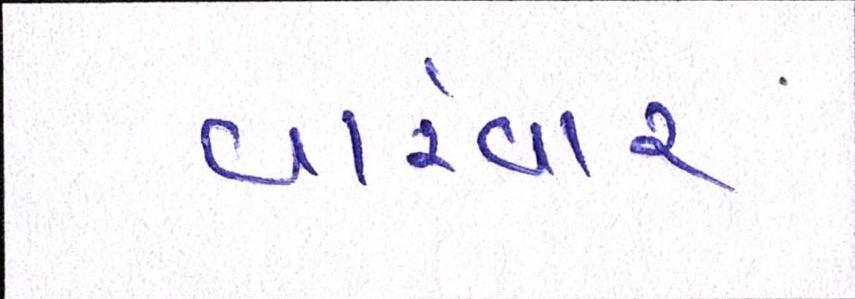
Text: વારંવાર